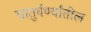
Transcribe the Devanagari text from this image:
चातुर्वर्ण्यातील